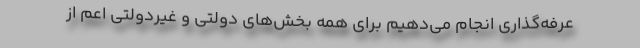
عرفه‌گذاری انجام می‌دهیم برای همه بخش‌های دولتی و غیردولتی اعم از